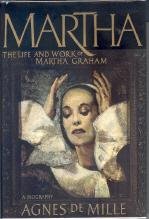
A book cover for Martha: The Life and Work of Martha Graham- A Biography; Agnes De Mille; Biographies & Memoirs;